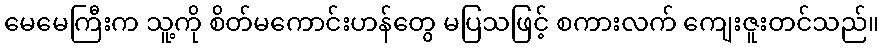
မေမေကြီးက သူ့ကို စိတ်မကောင်းဟန်တွေ မပြသဖြင့် စကားလက် ကျေးဇူးတင်သည်။